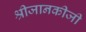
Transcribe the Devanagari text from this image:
श्रीजानकीजी